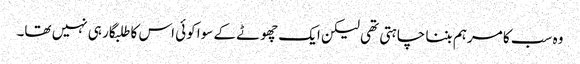
وہ سب کا مرہم بننا چاہتی تھی لیکن ایک چھوٹے کے سوا کوئی اس کا طلبگار ہی نہیں تھا۔